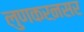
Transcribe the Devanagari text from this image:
लुणकरऩसर